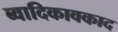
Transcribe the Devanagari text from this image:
ब्वादिकावकाद